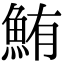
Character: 鮪